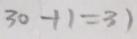
3 0 + 1 = 3 1